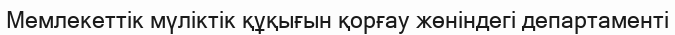
Мемлекеттік мүліктік құқығын қорғау жөніндегі департаменті